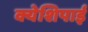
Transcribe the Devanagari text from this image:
क्येशिपाई